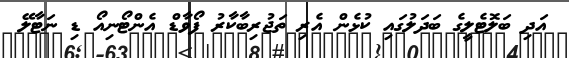
އަދި ބަލޮޓެލީގެ ބަދަލުގައި ކުޅެން އެރި ތަޖުރިބާކާރު ފޯވާޑް އެންޓޯނިއޯ ޑި ނަޓާލޭ